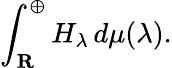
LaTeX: \int_{\mathbf{R}}^{\oplus}H_{\lambda}\, d\mu(\lambda).